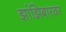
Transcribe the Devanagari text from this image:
झांझिबारवर